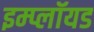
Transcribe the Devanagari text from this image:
इम्प्लॉयड